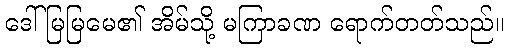
ဒေါ်မြမြမေ၏ အိမ်သို့ မကြာခဏ ရောက်တတ်သည်။